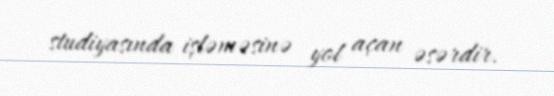
studiyasında işləməsinə yol açan əsərdir.